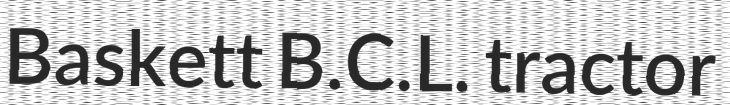
Baskett B.C.L. tractor